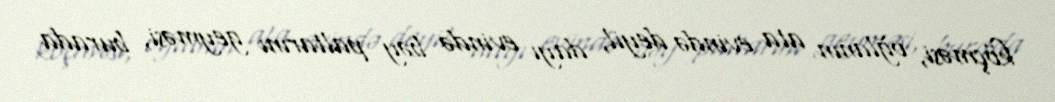
köçməsi, oğlanın ata evində deyil, dayı evində bəy paltarını geyməsi, burada